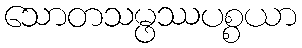
သောတသမ္ဖဿပစ္စယာ